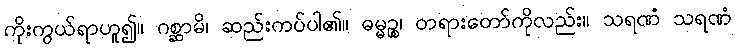
ကိုးကွယ်ရာဟူ၍။ ဂစ္ဆာမိ၊ ဆည်းကပ်ပါ၏။ ဓမ္မဉ္စ၊ တရားတော်ကိုလည်း။ သရဏံ သရဏံ